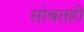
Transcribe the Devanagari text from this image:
सोबतही